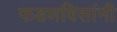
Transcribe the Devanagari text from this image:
फडणविसांनी